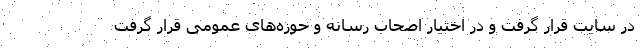
در سایت قرار گرفت و در اختیار اصحاب رسانه و حوزه‌های عمومی قرار گرفت